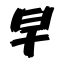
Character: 早